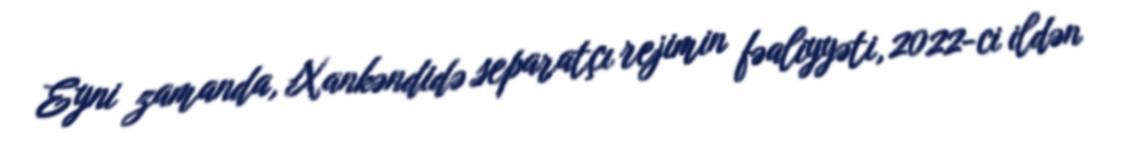
Eyni zamanda, Xankəndidə separatçı rejimin fəaliyyəti, 2022-ci ildən